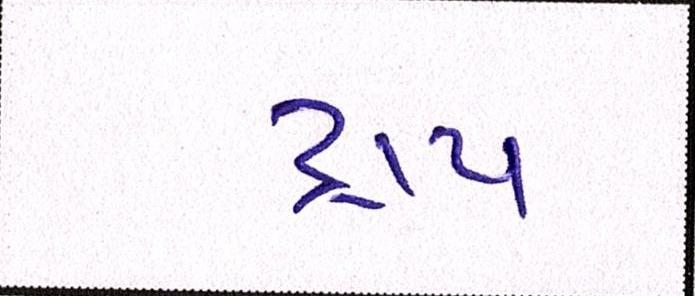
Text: ટ્રાય